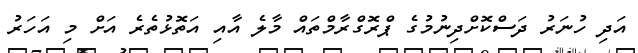
އަދި ހުނަރު ދަސްކޮށްދިނުމުގެ ޕްރޮގްރާމްތައް މާލެ އާއި އަތޮޅުތެރެ އަށް މި އަހަރު